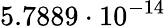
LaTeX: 5.7889\cdot 10^{-14}